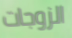
الزوجات